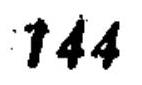
\(144\)